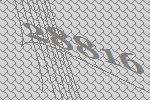
28816